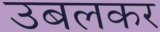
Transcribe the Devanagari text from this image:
उबलकर